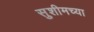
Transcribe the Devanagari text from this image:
सुशीमच्या